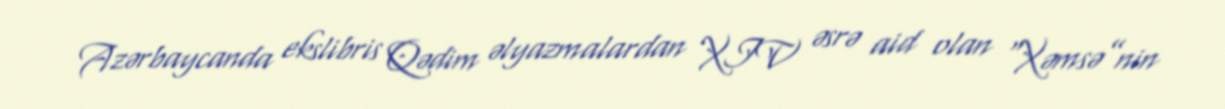
Azərbaycanda ekslibris Qədim əlyazmalardan XIV əsrə aid olan “Xəmsə”nin